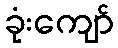
ခုံးကျော်